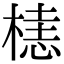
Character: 𬃰